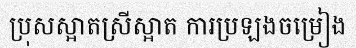
ប្រុសស្អាតស្រីស្អាត ការប្រឡងចម្រៀង